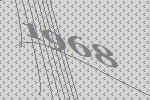
1968